Annual administration and progress report of the Indian Medical Department, Bombay
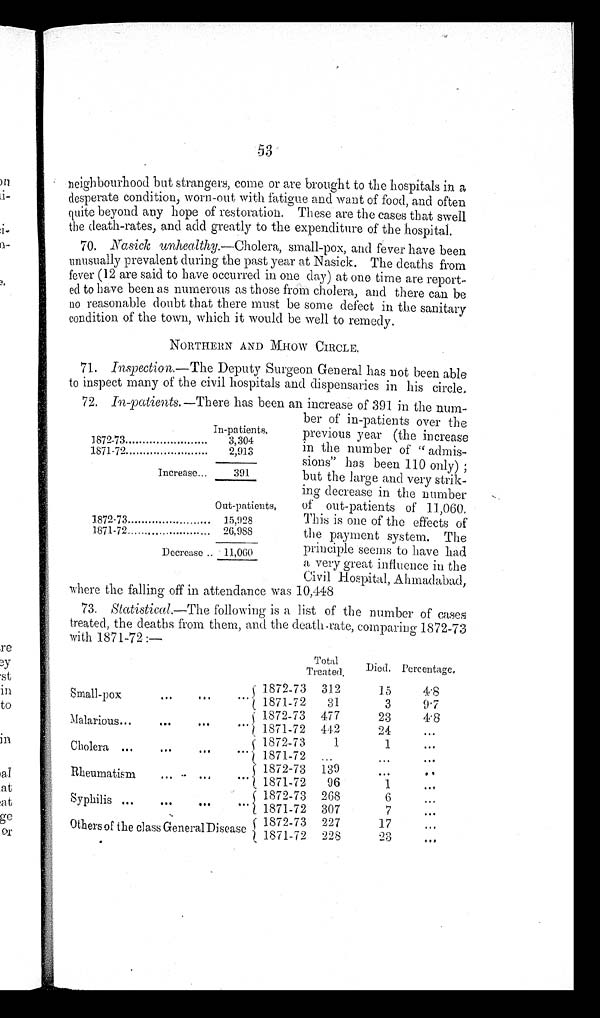
53
neighbourhood but strangers, come or are brought to the hospitals in a
desperate condition, worn-out with fatigue and want of food, and often
quite beyond any hope of restoration. These are the cases that swell
the death-rates, and add greatly to the expenditure of the hospital.
70. Nasick unhealthy.— Cholera, small-pox, and fever have been
unusually prevalent during the past year at Nasick. The deaths from
fever (12 are said to have occurred in one day) at one time are report
-
ed to have been as numerous as those from cholera, and there can be
no reasonable doubt that there must be some defect in the sanitary
condition of the town, which it would be well to remedy,
NORTHERN AND MHOW CIRCLE.
71.
Inspection.— The Deputy Surgeon General has not been able
to inspect many of the civil hospitals and dispensaries in his circle.
1.
7 2 .I
n - p a t i e n t s .—There has been an increase of 391 in the num-
ber of in-patients over the
previous year (the increase
in the number of "admis-
-sions" has been 110 only);
but the large and very strik
-ing decrease in the number
of out-patients of 11,060,
This is one of the effects of
the payment system. The
principle seems to have had
a very great influence in the
Civil Hospital, Ahmadabad,
where the falling off in attendance was 10,448
73. Statistical.— The following is a list of the number of cases
treated, the deaths from them, and the death-rate, comparing 1872-73
with 1871-72:—
T o t a l
Treated.
Died. Percentage,
Small-pox . . .
1872-73
312
15
4.8
1871-72
31
3
9.7
Malarious . . .
4.8
1872-73
477
23
1871-72
442
24
. . .
Cholera . . .
1872-73
1
1
. . .
1871-72
. . .
. . .
. . .
Rheumatism . . .
1872-73
139
. . .
. . .
1871-72
96
1
. . .
Syphilis . . .
1 8 7 2 - 7 3 268
6
. . .
1871-72
3 0 7
7
. . .
Others of the class General Disease
1872-73
227
17
. . .
1 8 7 1 - 7 2
2 2 8
2 3
. . .
In-patients.
1872-73 . . .
3,304
1871-72 . . .
2,913
Increase . . .
391
Out-patients,
1872-73 . . .
15,928
1871-72 . . .
26,988
Decrease . . ..
11,060